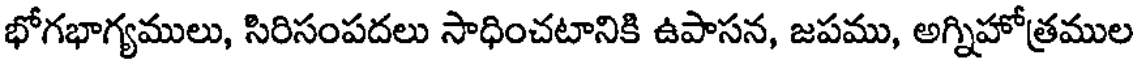
భోగభాగ్యములు, సిరిసంపదలు సాధించటానికి ఉపాసన, జపము, అగ్నిహోత్రముల